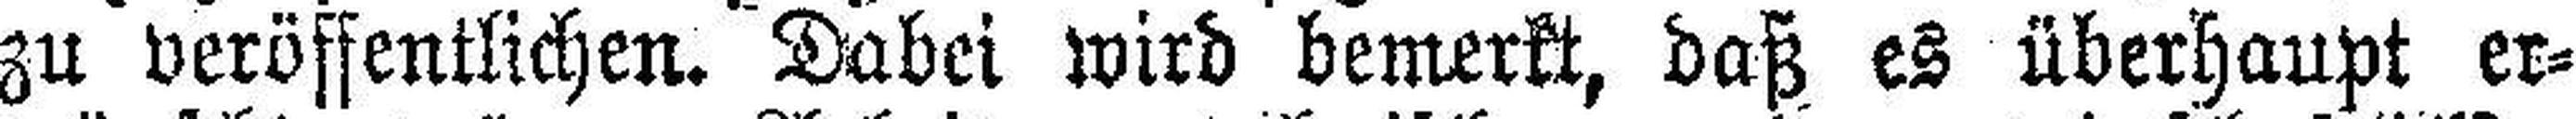
zu veröffentlichen. Dabei wird bemerkt, daß es überhaupt er¬